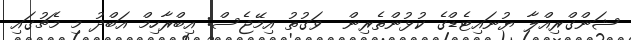
ޝަންގްރިއްލާ ޔުނައިޓެޑްގެ ކުޅުންތެރިން  ވަގުތު އިމޭޖެސް: އިބްރާހިމް އަބްދު މި މެޗުގައި